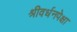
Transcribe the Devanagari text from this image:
श्रीवर्धनपेक्षा